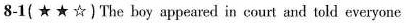
8-1 (★★☆) The boy appeared in court and told everyone